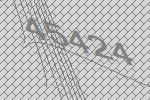
45424